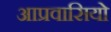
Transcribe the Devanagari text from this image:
आप्रवासियो